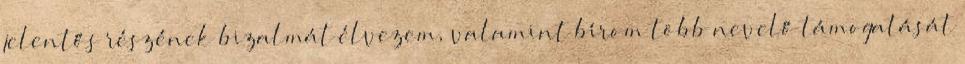
jelentős részének bizalmát élvezem, valamint bírom több nevelő támogatását